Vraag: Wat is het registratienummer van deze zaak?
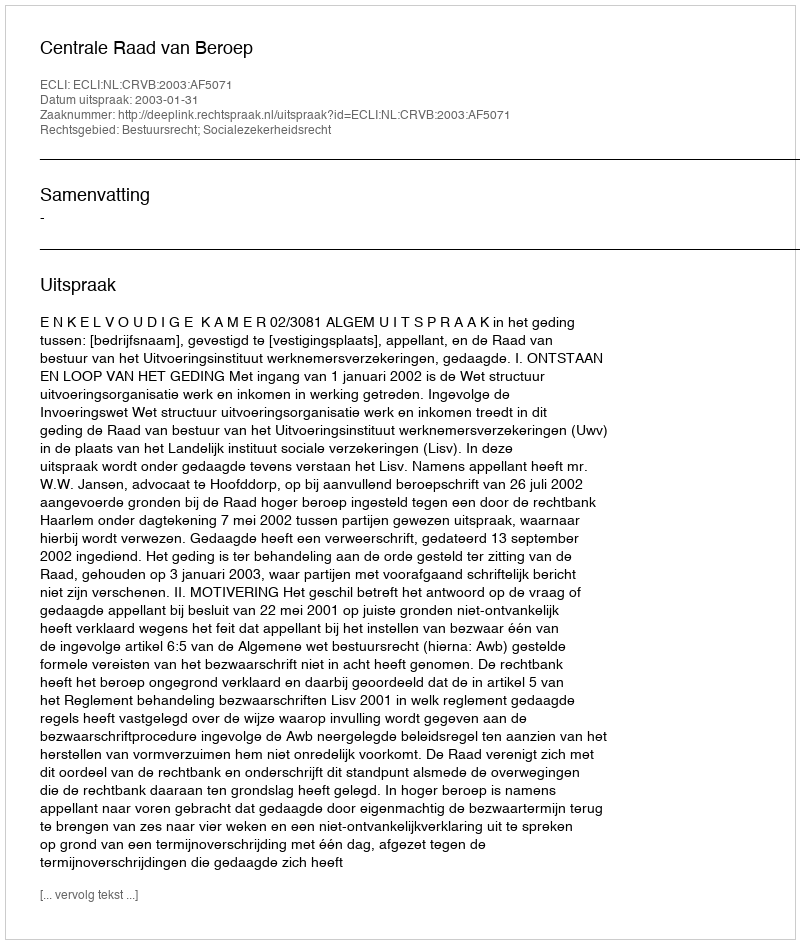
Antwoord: http://deeplink.rechtspraak.nl/uitspraak?id=ECLI:NL:CRVB:2003:AF5071